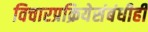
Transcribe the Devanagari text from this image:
विचारप्रक्रियेसंबंधीही